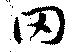
网